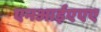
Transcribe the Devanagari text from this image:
एनआईएएए